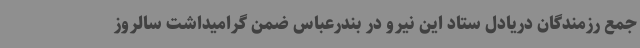
جمع رزمندگان دریادل ستاد این نیرو در بندرعباس ضمن گرامیداشت سالروز